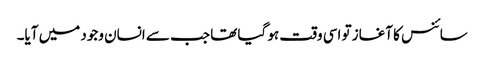
سائنس کا آغاز تو اسی وقت ہو گیا تھا جب سے انسان وجود میں آیا۔